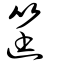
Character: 筳